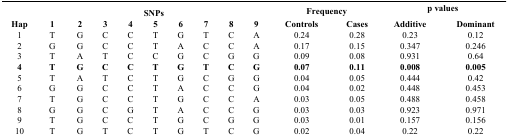
<table><thead><tr><td></td><td colspan="9"><b>SNPs</b></td><td colspan="2"><b>Frequency</b></td><td colspan="2"><b>p values</b></td></tr><tr><td><b>Hap</b></td><td><b>1</b></td><td><b>2</b></td><td><b>3</b></td><td><b>4</b></td><td><b>5</b></td><td><b>6</b></td><td><b>7</b></td><td><b>8</b></td><td><b>9</b></td><td><b>Controls</b></td><td><b>Cases</b></td><td><b>Additive</b></td><td><b>Dominant</b></td></tr></thead><tbody><tr><td>1</td><td>T</td><td>G</td><td>C</td><td>C</td><td>T</td><td>G</td><td>T</td><td>C</td><td>A</td><td>0.24</td><td>0.28</td><td>0.23</td><td>0.12</td></tr><tr><td>2</td><td>G</td><td>G</td><td>C</td><td>C</td><td>T</td><td>A</td><td>C</td><td>C</td><td>A</td><td>0.17</td><td>0.15</td><td>0.347</td><td>0.246</td></tr><tr><td>3</td><td>T</td><td>A</td><td>T</td><td>C</td><td>C</td><td>G</td><td>C</td><td>G</td><td>G</td><td>0.09</td><td>0.08</td><td>0.931</td><td>0.64</td></tr><tr><td><b>4</b></td><td><b>T</b></td><td><b>G</b></td><td><b>C</b></td><td><b>C</b></td><td><b>T</b></td><td><b>G</b></td><td><b>T</b></td><td><b>C</b></td><td><b>G</b></td><td><b>0.07</b></td><td><b>0.11</b></td><td><b>0.008</b></td><td><b>0.005</b></td></tr><tr><td>5</td><td>T</td><td>A</td><td>T</td><td>C</td><td>T</td><td>G</td><td>C</td><td>G</td><td>G</td><td>0.04</td><td>0.05</td><td>0.444</td><td>0.42</td></tr><tr><td>6</td><td>G</td><td>G</td><td>C</td><td>C</td><td>T</td><td>A</td><td>C</td><td>C</td><td>G</td><td>0.04</td><td>0.02</td><td>0.448</td><td>0.453</td></tr><tr><td>7</td><td>T</td><td>G</td><td>C</td><td>C</td><td>T</td><td>G</td><td>C</td><td>C</td><td>A</td><td>0.03</td><td>0.05</td><td>0.488</td><td>0.458</td></tr><tr><td>8</td><td>G</td><td>G</td><td>C</td><td>G</td><td>T</td><td>A</td><td>C</td><td>C</td><td>G</td><td>0.03</td><td>0.03</td><td>0.923</td><td>0.971</td></tr><tr><td>9</td><td>T</td><td>G</td><td>C</td><td>C</td><td>T</td><td>G</td><td>C</td><td>G</td><td>G</td><td>0.03</td><td>0.01</td><td>0.157</td><td>0.156</td></tr><tr><td>10</td><td>T</td><td>G</td><td>T</td><td>C</td><td>T</td><td>G</td><td>T</td><td>C</td><td>G</td><td>0.02</td><td>0.04</td><td>0.22</td><td>0.22</td></tr></tbody></table>